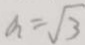
a = \sqrt { 3 }